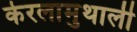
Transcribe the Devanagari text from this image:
केरलामुथाली